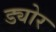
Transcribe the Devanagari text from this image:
ड्योर